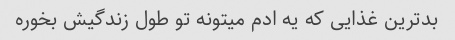
بد‌ترین غذایی که یه ادم میتونه تو طول زندگیش بخوره